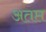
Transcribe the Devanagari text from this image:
अतप्त